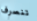
تنصرف